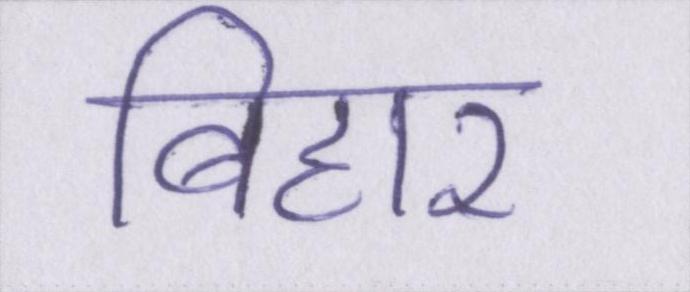
बिहार